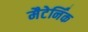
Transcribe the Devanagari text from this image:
मैटेर्निंक